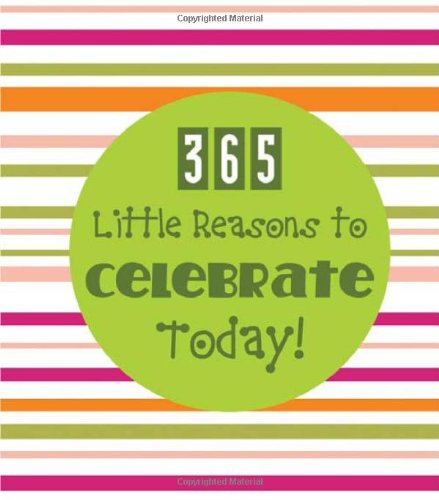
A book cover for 365 LITTLE REASONS TO CELEBRATE TODAY! (365 Perpetual Calendars); Calendars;